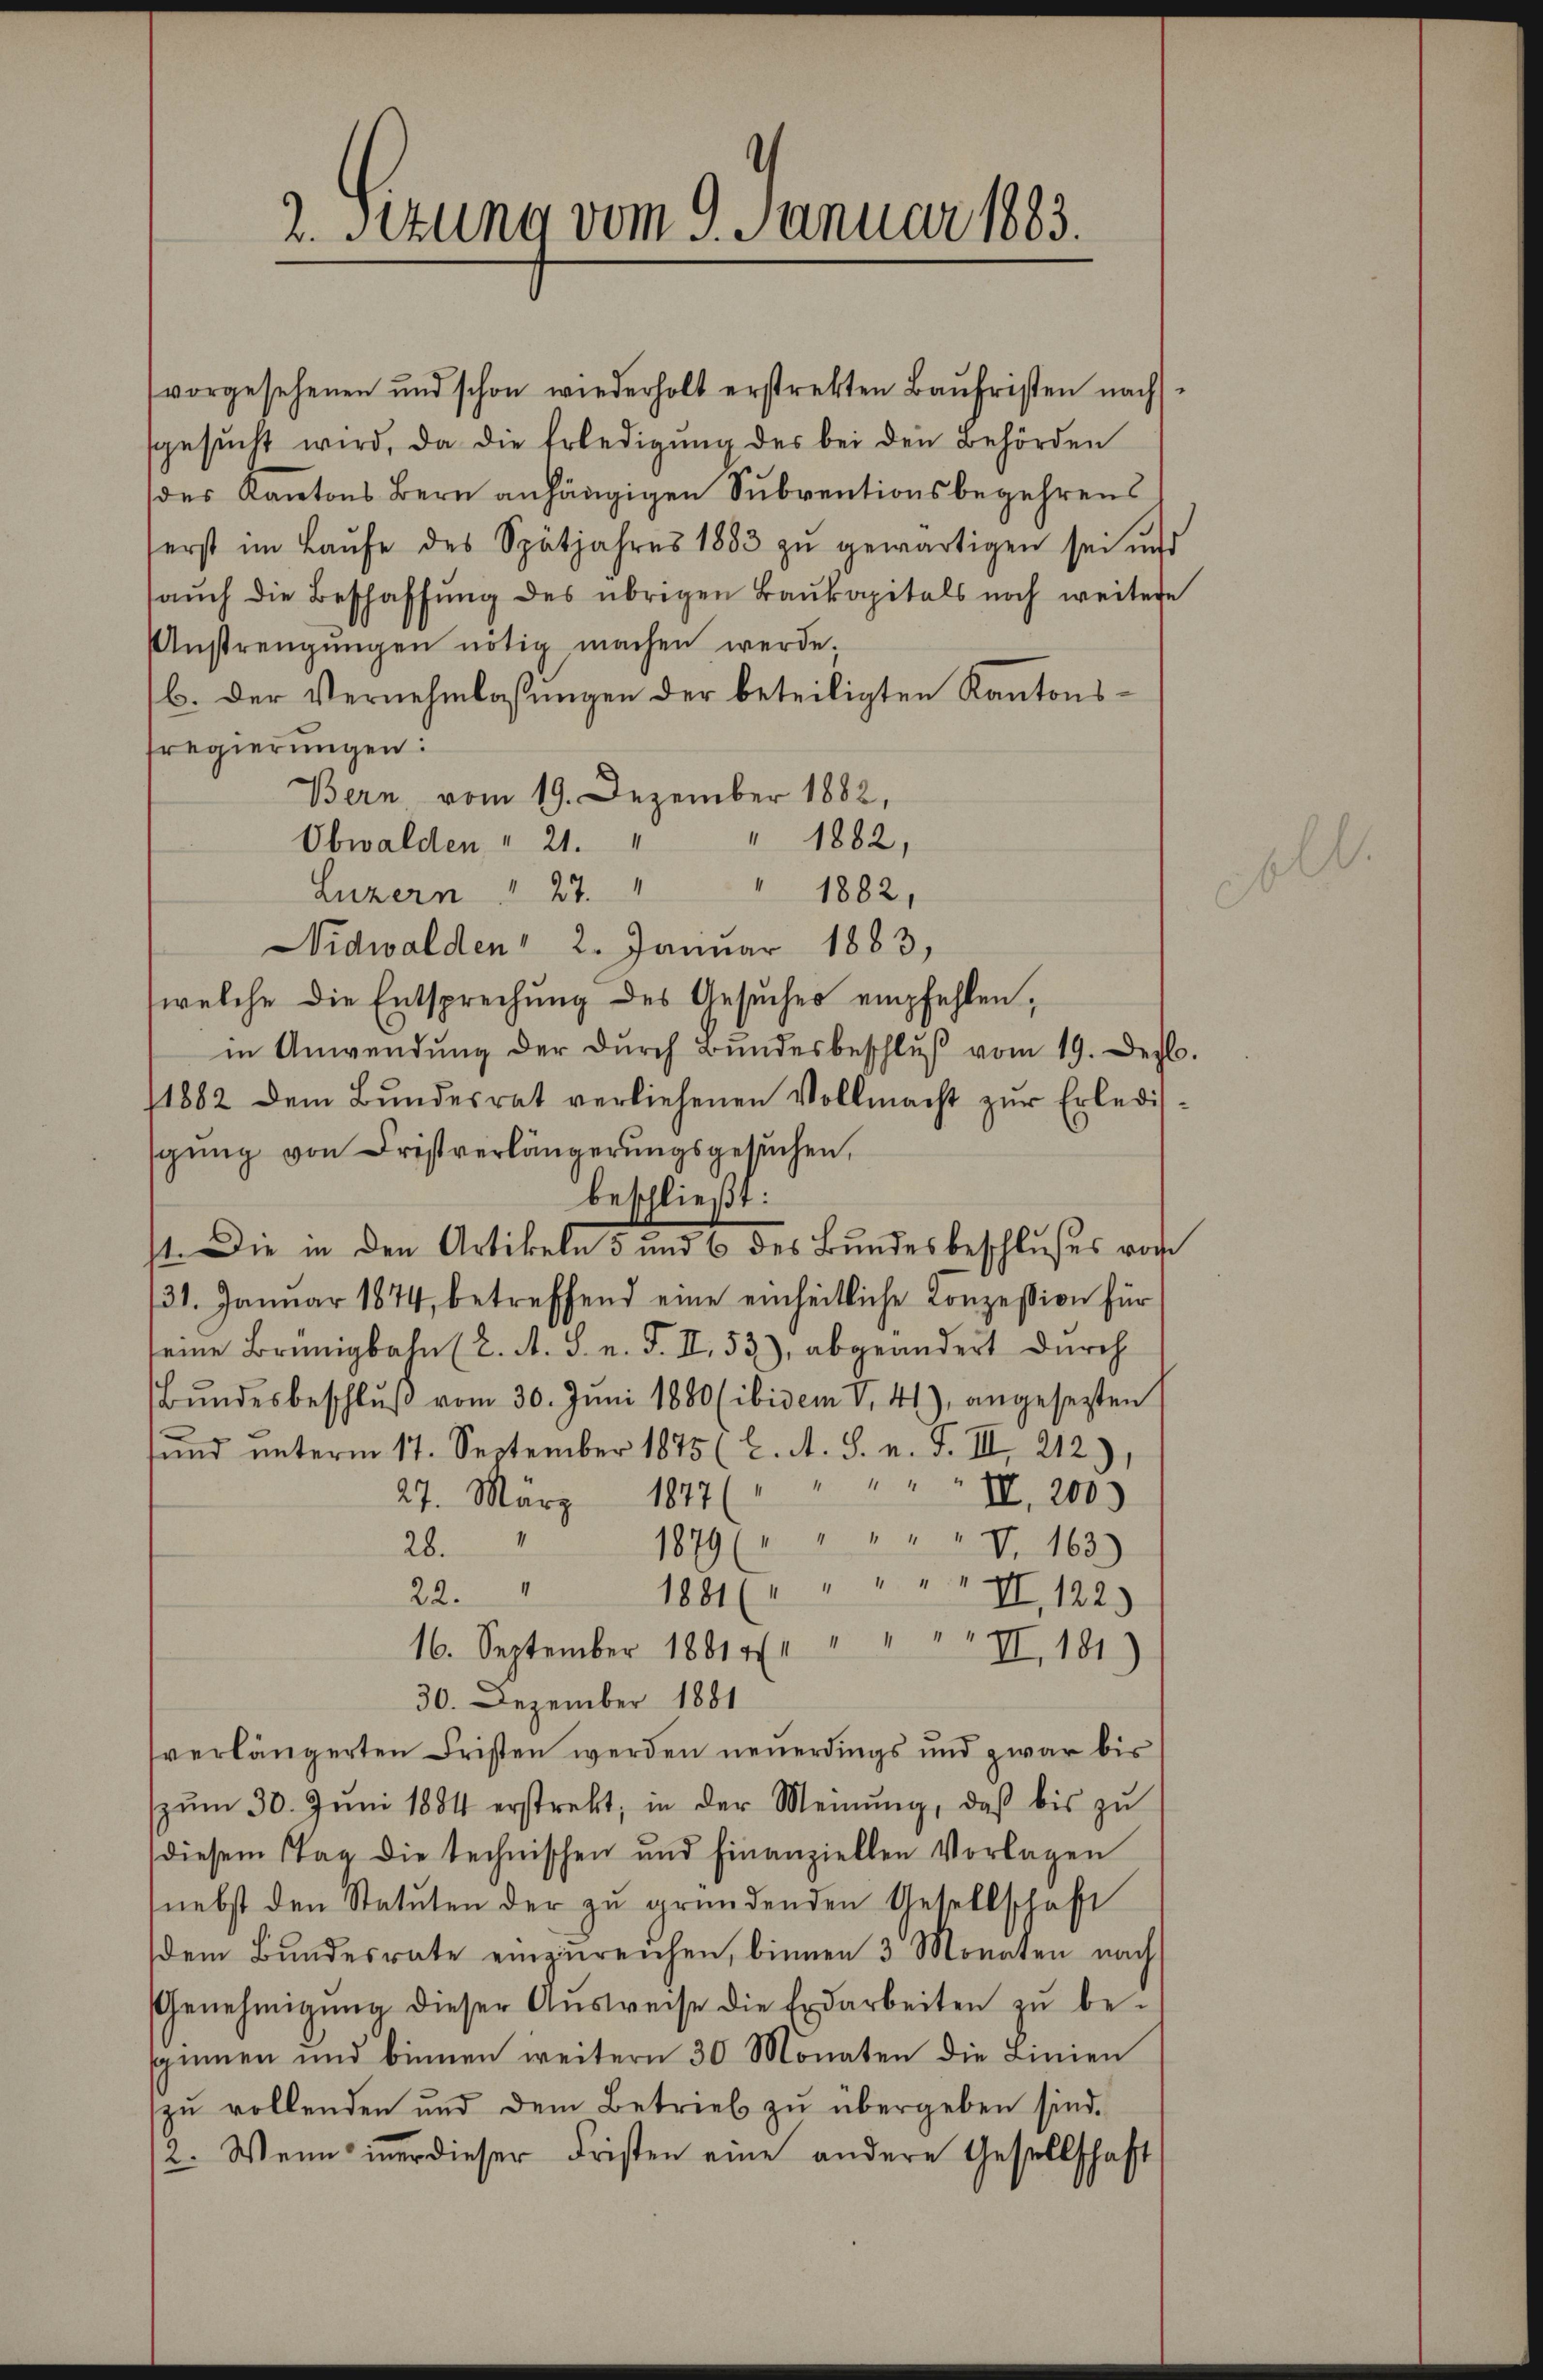
2. Sitzung vom 9. Januar 1883.

vorgesehenen und schon wiederholt erstrekten Baŭfristen nach-
sgesŭcht wird, da die Erledigŭng des bei den Behörden
des Kantons Bern anhängigen Subventionsbegehrens
erst im Laŭfe des Spätjahres 1883 zu gewärtigen sei und
aŭch die Beschaffŭng des übrigen Baukapitals noch weitere
Anstrengŭngen nötig machen werde.
b. der Vernehmlassungen der beteiligten Kantonsfregierungen:
Bern vom 19. Dezember 1882,
" 1882,
Obwalden " 21.
Luzern " 27.
1882,
Nidwalden 2. Januar 1883,
welche die Entsprechung des Gesuches empfehlen,
in Anwendŭng der dŭrch Bŭndesbeschlŭβ vom 19. Dez.
1882 dem Bŭndesrat verliehenen Vollmacht zŭr Erledigung von Fristverlängerungsgesuchen,
beschließt:
1. Die in den Artikeln 5 und 6 des Bundesbeschlußes vom
131. Januar 1874, betreffend eine einheitliche Conzession für
seine Brünigbahn (2. A. S. n. F. II., 53), abgeändert durch
Bŭndesbeschlŭβ vom 30. Juni 1880 (ibidem V. 41), angesetzten
und unterm 17. September 1875 (2. A. S. n. F. III, 212)
27. März 1877 (" " " " " II, 200
1879 (" " " " " V. 163)
28.
1881 (" " " " " II, 122.)
22.
16. September 18814 " " " II, 181)
30. Dezember 1881
verlängerten Fristen werden neuerdings und zwar bis
pŭm 30. Juni 1884 erstrekt, in der Meinŭng, daβ bis zŭ
diesem tag die technischen und finanziellen Vorlagen
nebst den Statuten der zu gründenden Gesellschaft
dem Bundesrate einzŭreichen, binnen 3 Monaten nach
Genehmigŭng dieser Aŭsweise die Erdarbeiten zŭ be-
spinnen und binnen weitern 30 Monaten die Linien
zŭ wollenden und dem Betrieb zŭ übergeben sind.
2. Wenn immer dieser Fristen eine andere Gesellschaft